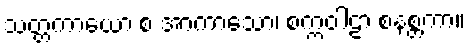
သတ္တကာယော စ အာကာသော၊ စက္ကဝါဠာ စနစ္တကာ။